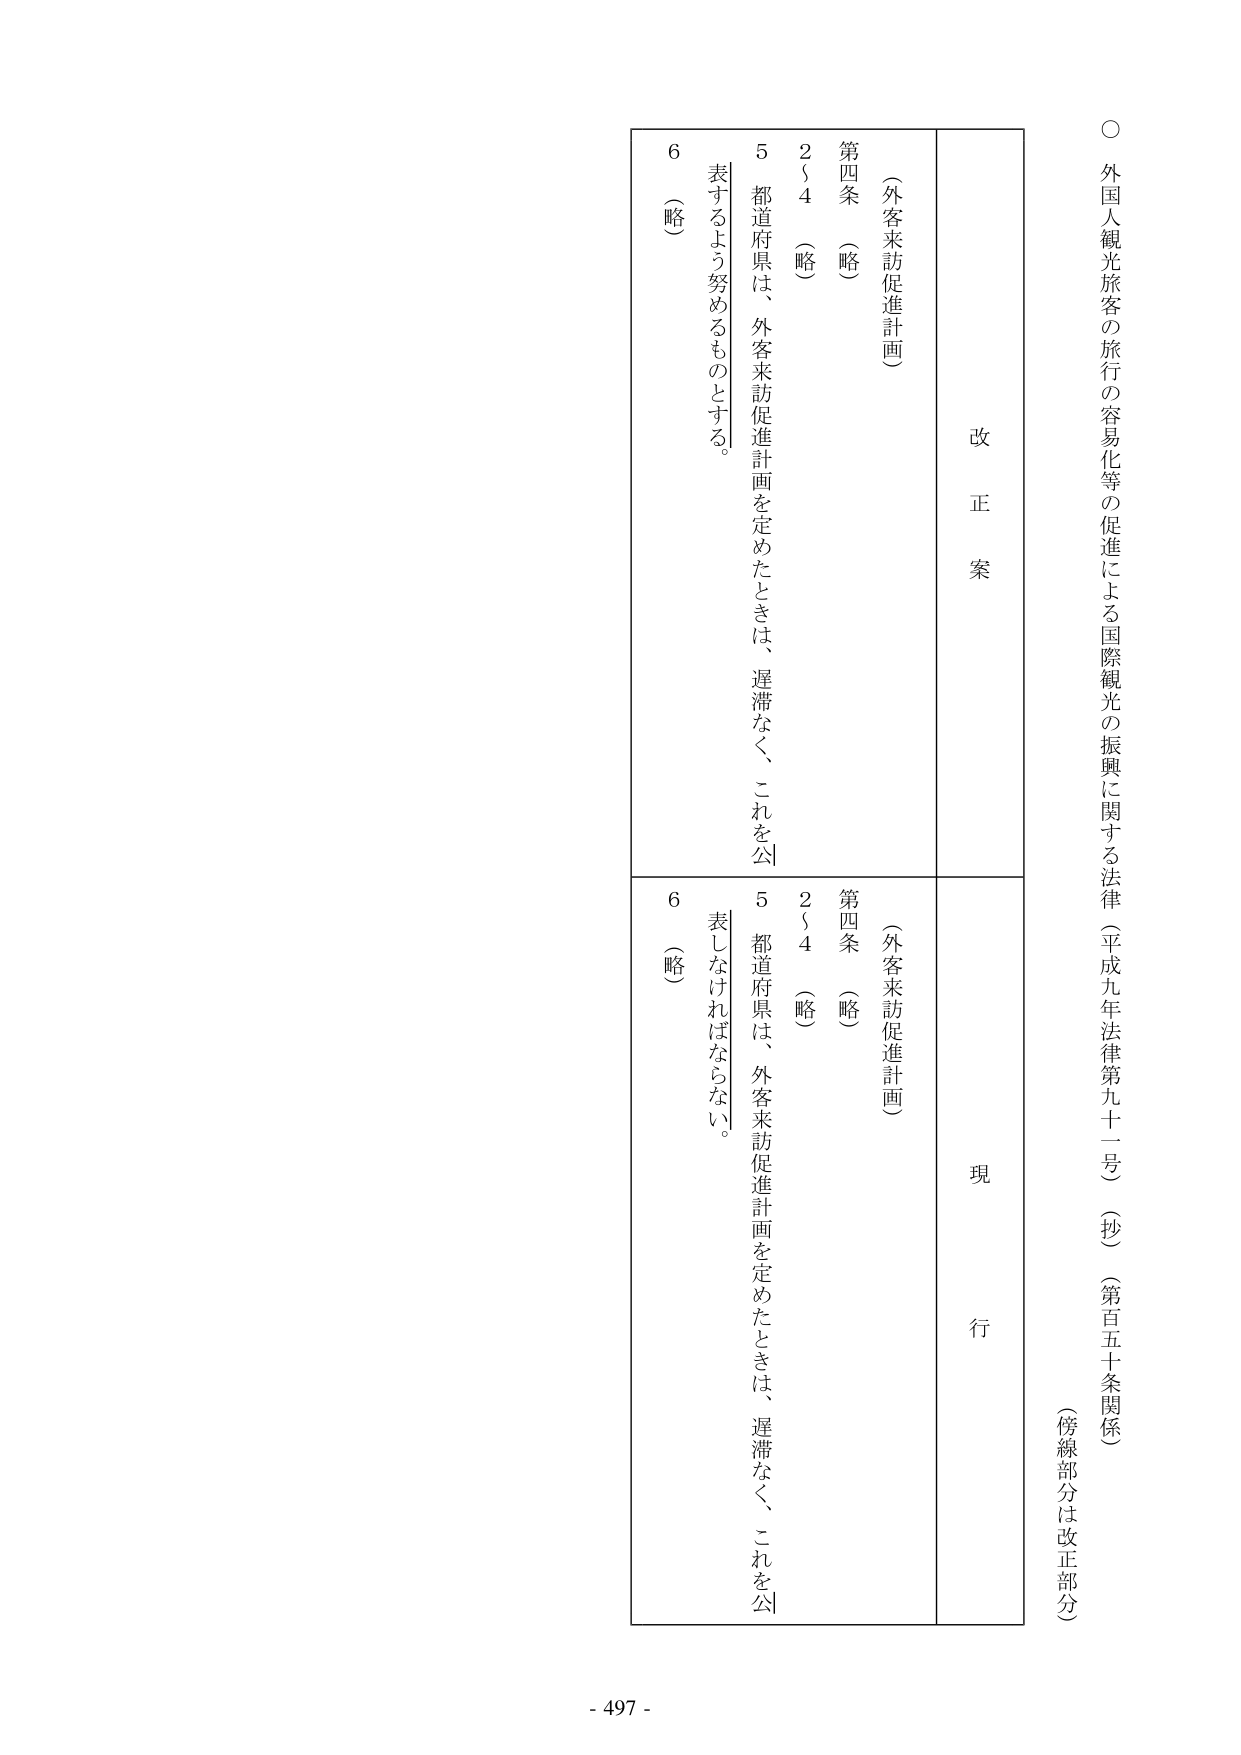
○ 外国人観光旅客の旅行の容易化等の促進による国際観光の振興に関する法律（平成九年法律第九十一号）（抄）（第百五十条関係）
（傍線部分は改正部分）

改正案
（外客来訪促進計画）
第四条 （略）
２～４ （略）
５ 都道府県は、外客来訪促進計画を定めたときは、遅滞なく、これを公表するよう努めるものとする。
６ （略）

現行
（外客来訪促進計画）
第四条 （略）
２～４ （略）
５ 都道府県は、外客来訪促進計画を定めたときは、遅滞なく、これを公表しなければならない。
６ （略）

- 497 -